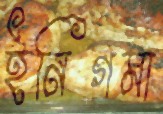
ইনিগমা